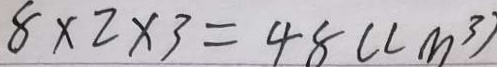
8 \times 2 \times 3 = 4 8 ( c m ^ { 3 } )